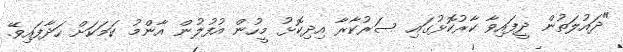
"ދައުލަތުން ދީފައިވާ ކާރުކޮޅުގައި ސަރުކާރާ އިދިކޮޅު މީހުން އުފުލުން އާންމު ކަމަކަށް ހަދާފައިވޭ.